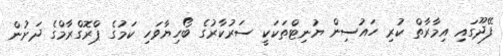
ފޭދޫގައި އިމާރާތް ކުރި ހައުސިން ޔުނިޓްތަކަކީ ސަރުކާރުގެ ބޯހިޔާވަހި ކަމުގެ ޕްރޮގްރާމްގެ ދަށުން